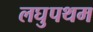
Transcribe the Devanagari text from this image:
लघुपथम